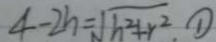
4 - 2 h = \sqrt { h ^ { 2 } + r ^ { 2 } } . \textcircled { 1 }